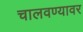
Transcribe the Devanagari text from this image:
चालवण्यावर